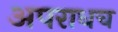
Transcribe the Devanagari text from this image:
अपराधच